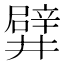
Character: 𨐨